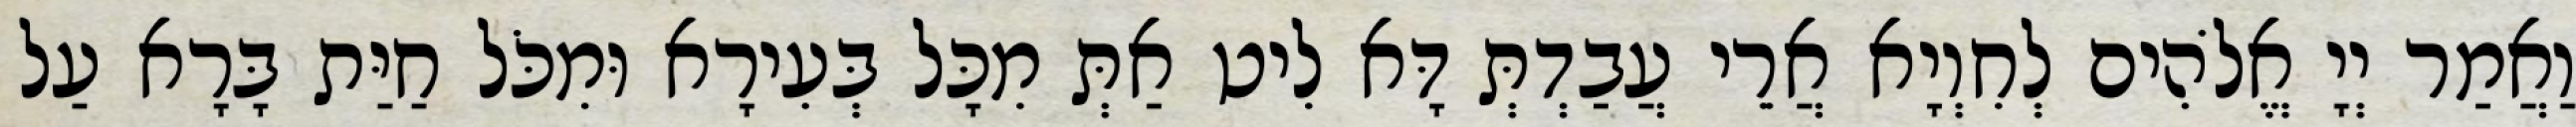
וַאֲמַר יְיָ אֱלֹהִים לְחִוְיָא אֲרֵי עֲבַדְתְּ דָּא לִיט אַתְּ מִכָּל בְּעִירָא וּמִכֹּל חַיַּת בָּרָא עַל